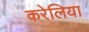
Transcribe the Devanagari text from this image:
करेलिया